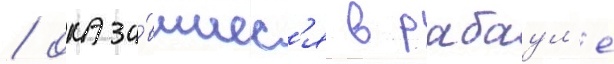
/ оказа́вшиес'я в рабаул'е